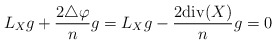
\begin{align*}L_Xg+{2\triangle\varphi\over n}g=L_Xg-{2{\rm div}(X)\over n}g=0\end{align*}